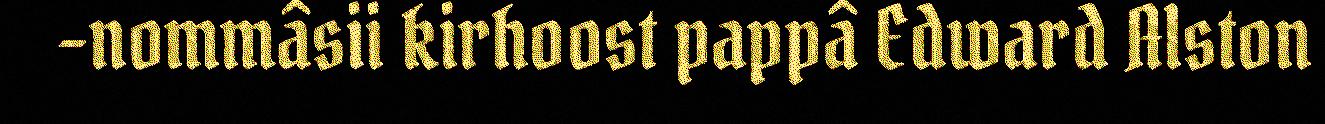
-nommâsii kirhoost pappâ Edward Alston